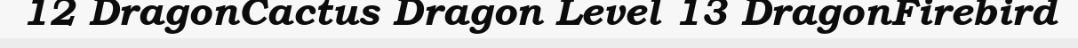
12 DragonCactus Dragon Level 13 DragonFirebird